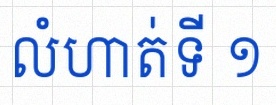
លំហាត់ទី ១